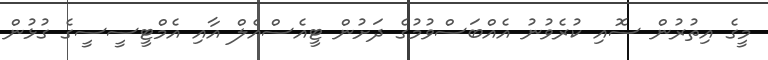
މީގެ އިތުރުން ސޮއި ކުރެވުނު އެއްބަސްވުމުގެ ދަށުން ޓީއެސްއެލް އާއި އެމްޓީސީސީގެ ގުޅުން